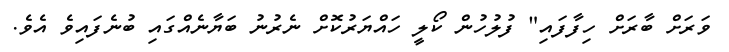
ވަރަށް ބާރަށް ހިފާފައި" ފުލުހުން ކޯލީ ހައްޔަރުކޮށް ނެރުނު ބަޔާނެއްގައި ބުނެފައިވެ އެވެ.